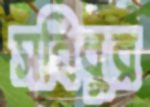
সবিবুর